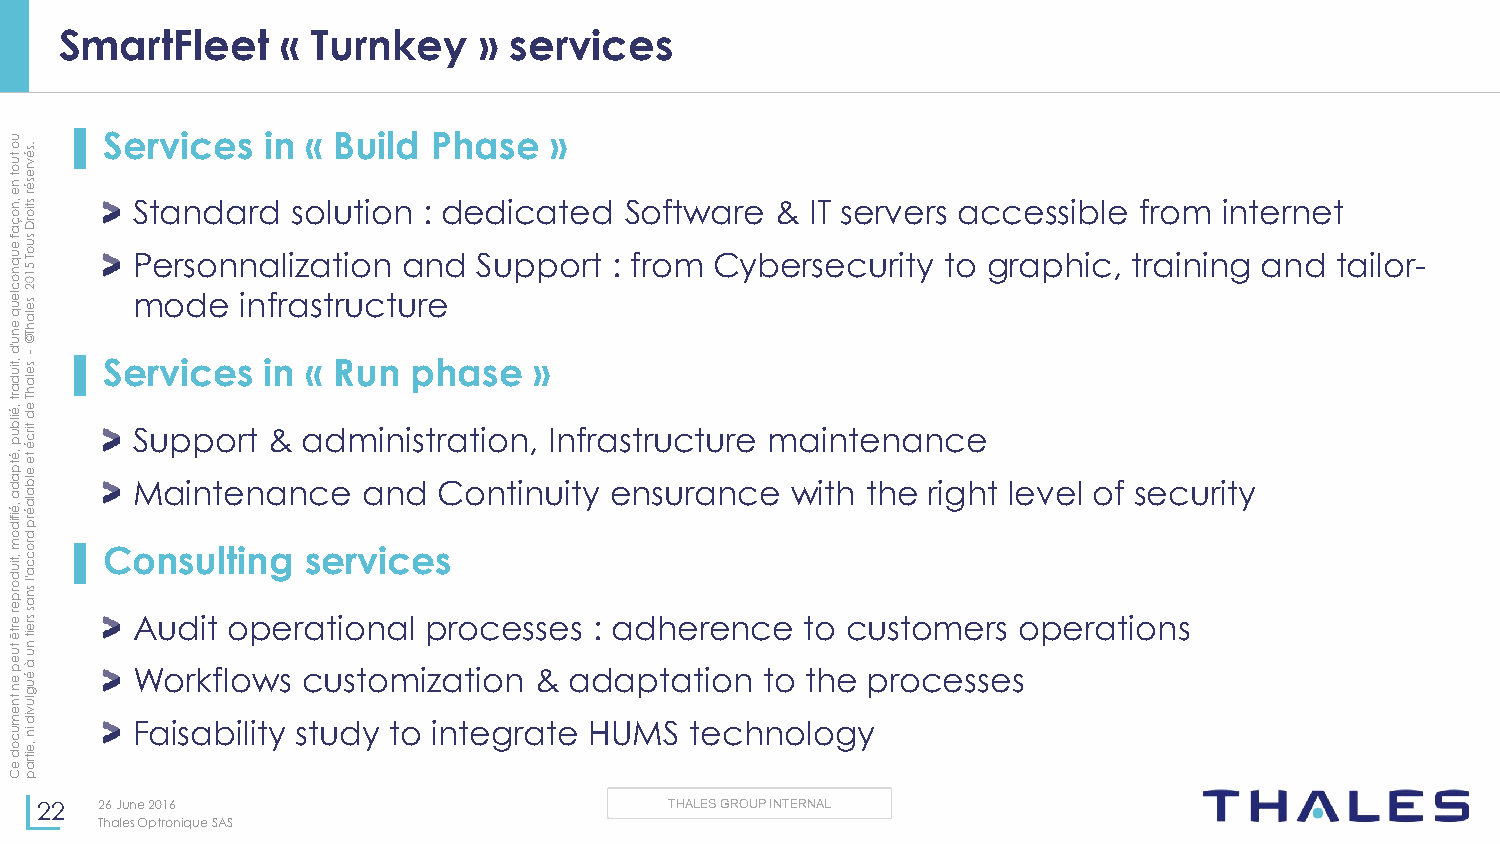
SmartFleet     « Turnkey    » services
 u
 o
 tu o
 t n
 e
 ,n
 o.sé
 v re
 sé
 r
 stio
 ▌Se Sr tv ai nc de as
 r
 din
 s
 o« luB tu ioil nd :P dh ea ds ice
 a
 »
 t ed Software &  IT servers accessible from internet
 ç
 a
 f
 e u q n o c le
 u
 q
 e
 n
 urD
 su
 so eT
 l
 a5 h1 T0 ©2 P me ors do en n ina frl aiz sa tt ri uo cn t ua rn ed Support : from Cybersecurity to graphic, training and tailor-
 'd
 ,tiuse-
 ▌Services   in « Run  phase   »
 d
 a rt
 ,é
 ilb
 u
 p
 ,é
 tp
 a d
 ala
 h T
 e
 d
 tirc
 é
 te
 e lb a
 S Mu ap ip nto er nt a&
 n
 a cd em ai nn dist r Ca oti no tn in, uIn itf yra es ntr su uc ratu nre
 c
 em wa ii tn ht e thn ea n rigce
 ht level of security
 ,é ifid ola é rp
 d
 m ,tiu
 d o rp
 e r e
 rtê
 turo c c
 a 'l sn
 a s sre
 it
 n
 u
 ▌Co An udsu itl t oin pg
 er
 ase tiorv ni ac le ps
 r ocesses : adherence  to customers  operations
 e p e n
 tn
 à é u g
 lu
 Workflows  customization  &  adaptation   to the processes
 ev
 m
 u
 c
 o
 d
 eid
 in
 ,e
 itra
 Faisability study to integrate HUMS  technology
 Cp
 22   26 June 2016                         THALES GROUP INTERNAL
 Thales Optronique SAS